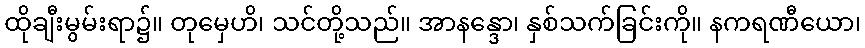
ထိုချီးမွမ်းရာ၌။ တုမှေဟိ၊ သင်တို့သည်။ အာနန္ဒော၊ နှစ်သက်ခြင်းကို။ နကရဏီယော၊